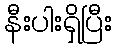
နီးပါးရှိပြီး